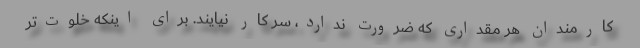
کارمندان هر مقداری که ضرورت ندارد، سر کار نیایند. برای اینکه خلوت‌تر